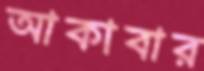
আকাবার